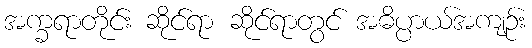
အက္ခရာတိုင်း ဆိုင်ရာ ဆိုင်ရာတွင် အဓိပ္ပာယ်အကျဉ်း